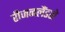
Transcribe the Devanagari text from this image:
रीजनलैंडशे